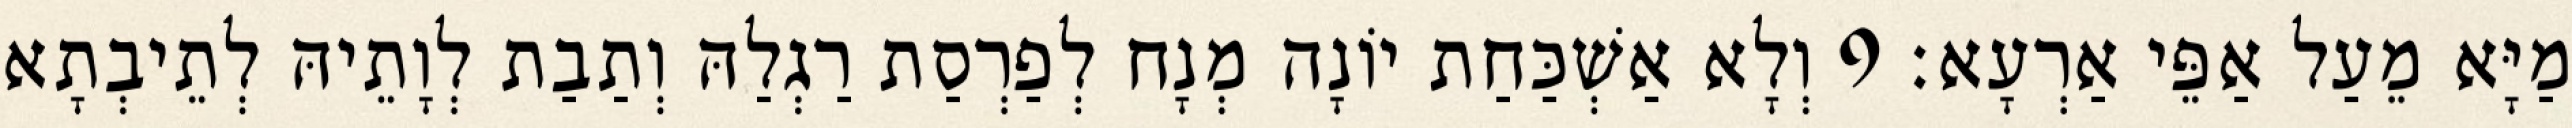
מַיָּא מֵעַל אַפֵּי אַרְעָא׃ 9 וְלָא אַשְׁכַּחַת יוֹנָה מְנָח לְפַרְסַת רַגְלַהּ וְתַבַת לְוָתֵיהּ לְתֵיבְתָא